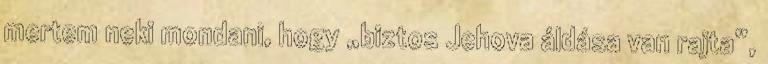
mertem neki mondani, hogy „biztos Jehova áldása van rajta”,